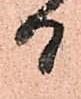
日